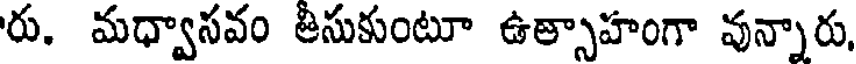
రు. మధ్వాసవం తీసుకుంటూ ఉత్సాహంగా వున్నారు,